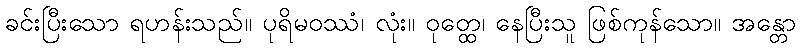
ခင်းပြီးသော ရဟန်းသည်။ ပုရိမဝဿံ၊ လုံး။ ဝုတ္ထေ၊ နေပြီးသူ ဖြစ်ကုန်သော။ အန္တော